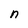
Character: n